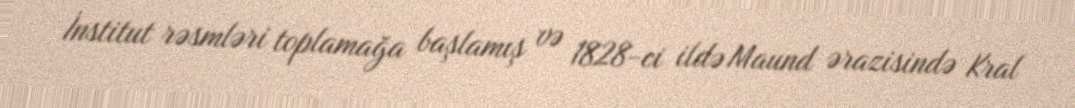
İnstitut rəsmləri toplamağa başlamış və 1828-ci ildə Maund ərazisində Kral